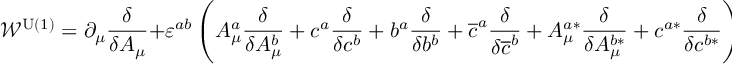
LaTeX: \mathcal { W } ^ { \mathrm { U ( 1 ) } } = \partial _ { \mu } \frac \delta { \delta A _ { \mu } } + \varepsilon ^ { a b } \left( A _ { \mu } ^ { a } \frac \delta { \delta A _ { \mu } ^ { b } } + c ^ { a } \frac \delta { \delta c ^ { b } } + b ^ { a } \frac \delta { \delta b ^ { b } } + \overline { { { c } } } ^ { a } \frac \delta { \delta \overline { { { c } } } ^ { b } } + A _ { \mu } ^ { a * } \frac \delta { \delta A _ { \mu } ^ { b * } } + c ^ { a * } \frac \delta { \delta c ^ { b * } } \right) \; .